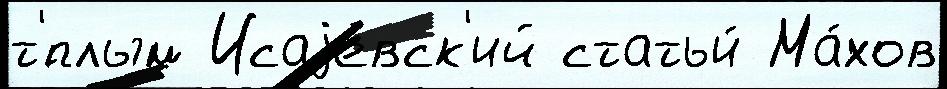
т'́плым Исаjевск'ий статьи́ Ма́хов